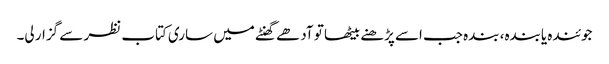
جوئندہ یابندہ، بندہ جب اسے پڑھنے بیٹھا تو آدھے گھنٹے میں ساری کتاب نظر سے گزار لی۔